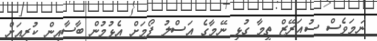
ނަަމަވެސް ސުއަރޭޒް ތީމާ ގުޅި ނޭމާގެ އަސްލު ފޯމަށް އެޅުމުން ބާސާއިން ކުރިއަށް